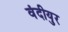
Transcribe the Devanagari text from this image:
वंदीयुर